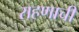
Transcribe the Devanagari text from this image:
राहणाची